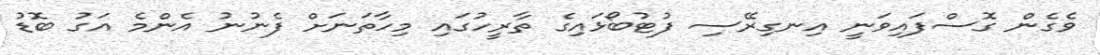
ވެގެން ގޮސްފައިވަނީ އިނގިރޭސި ފުޓުބޯޅައިގެ ތާރީހުގައި މިހާތަނަށް ފެނުނު އެންމެ އަގު ބޮޑު